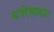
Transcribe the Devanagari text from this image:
रूपरेखाकार